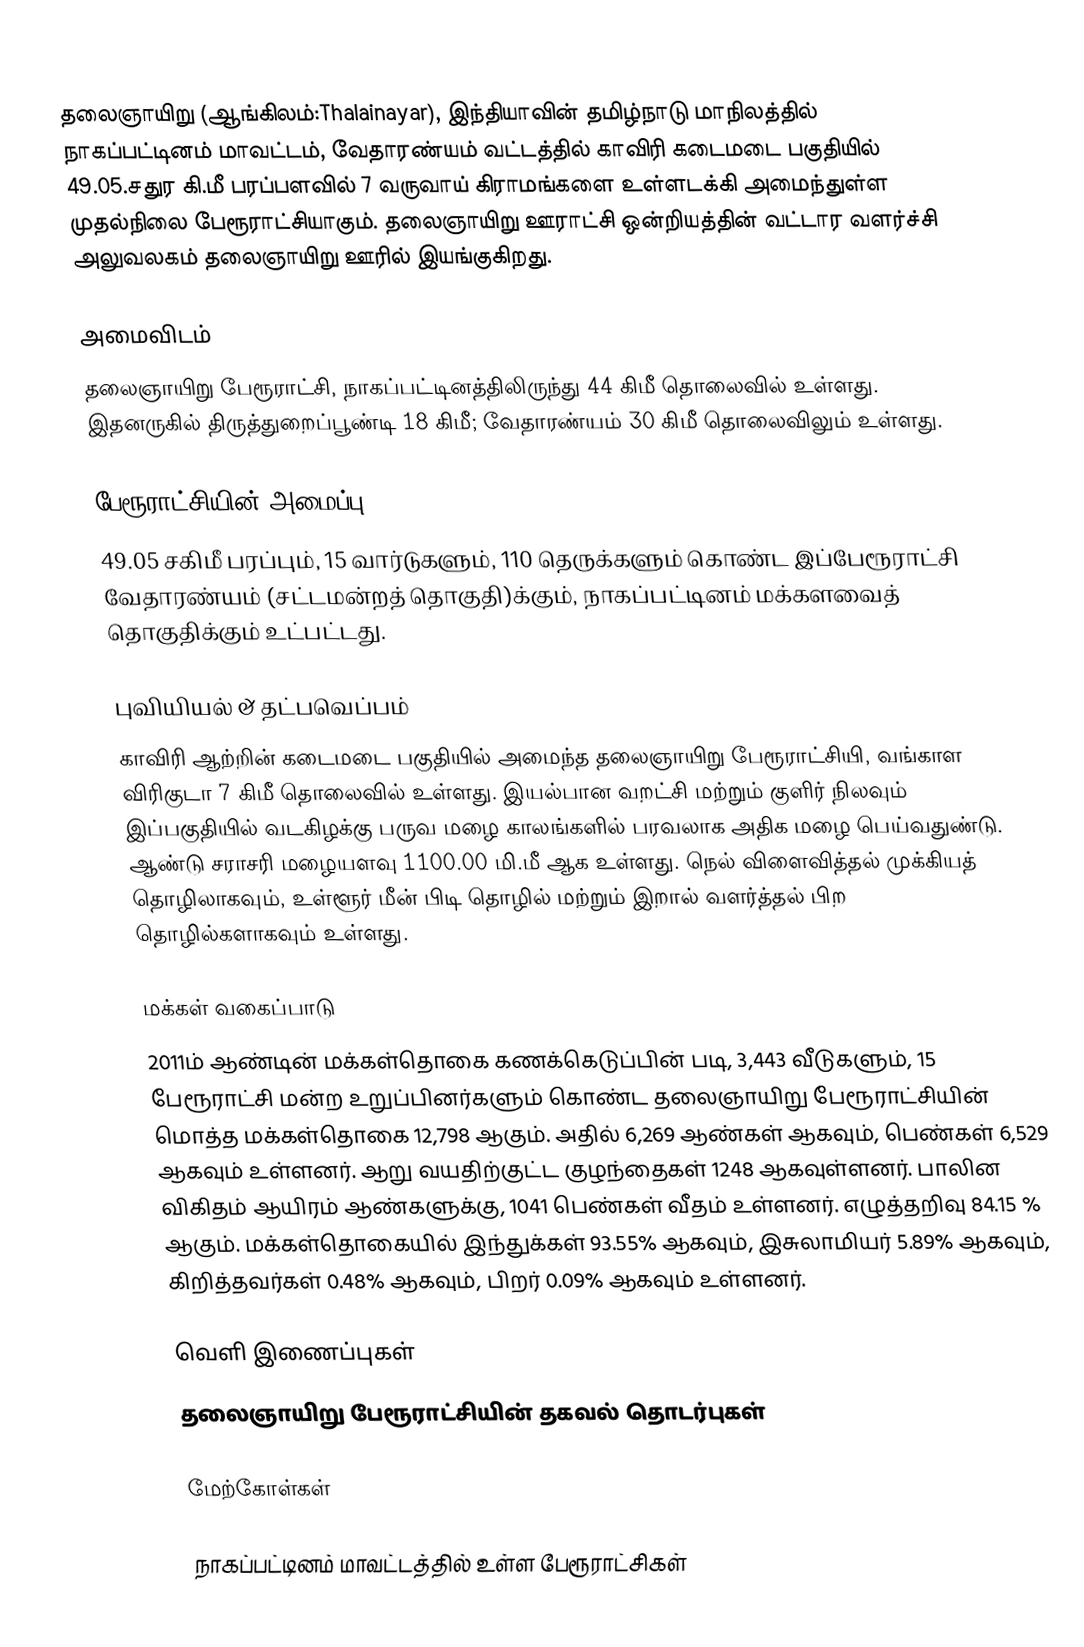
தலைஞாயிறு (ஆங்கிலம்:Thalainayar), இந்தியாவின் தமிழ்நாடு மாநிலத்தில் நாகப்பட்டினம் மாவட்டம், வேதாரண்யம் வட்டத்தில் காவிரி கடைமடை பகுதியில் 49.05.சதுர கி.மீ பரப்பளவில் 7 வருவாய் கிராமங்களை உள்ளடக்கி அமைந்துள்ள முதல்நிலை பேரூராட்சியாகும். தலைஞாயிறு ஊராட்சி ஒன்றியத்தின் வட்டார வளர்ச்சி அலுவலகம் தலைஞாயிறு ஊரில் இயங்குகிறது.

அமைவிடம்
தலைஞாயிறு பேரூராட்சி, நாகப்பட்டினத்திலிருந்து 44  கிமீ தொலைவில் உள்ளது. இதனருகில் திருத்துறைப்பூண்டி 18 கிமீ; வேதாரண்யம் 30 கிமீ தொலைவிலும் உள்ளது.

பேரூராட்சியின் அமைப்பு
49.05  சகிமீ பரப்பும், 15 வார்டுகளும், 110 தெருக்களும்  கொண்ட இப்பேரூராட்சி  வேதாரண்யம் (சட்டமன்றத் தொகுதி)க்கும், நாகப்பட்டினம் மக்களவைத் தொகுதிக்கும் உட்பட்டது.

புவியியல் & தட்பவெப்பம்
காவிரி ஆற்றின் கடைமடை பகுதியில் அமைந்த தலைஞாயிறு பேரூராட்சியி, வங்காள விரிகுடா 7 கிமீ தொலைவில் உள்ளது. இயல்பான வறட்சி மற்றும் குளிர் நிலவும் இப்பகுதியில் வடகிழக்கு பருவ மழை காலங்களில் பரவலாக அதிக மழை பெய்வதுண்டு. ஆண்டு சராசரி மழையளவு 1100.00 மி.மீ ஆக உள்ளது. நெல் விளைவித்தல் முக்கியத் தொழிலாகவும், உள்ளூர் மீன் பிடி தொழில் மற்றும் இறால் வளர்த்தல் பிற தொழில்களாகவும் உள்ளது.

மக்கள் வகைப்பாடு
2011ம் ஆண்டின் மக்கள்தொகை கணக்கெடுப்பின் படி,  3,443   வீடுகளும், 15 பேரூராட்சி மன்ற உறுப்பினர்களும் கொண்ட  தலைஞாயிறு  பேரூராட்சியின் மொத்த மக்கள்தொகை  12,798  ஆகும். அதில் 6,269   ஆண்கள்    ஆகவும், பெண்கள்   6,529   ஆகவும் உள்ளனர். ஆறு வயதிற்குட்ட குழந்தைகள்  1248   ஆகவுள்ளனர். பாலின விகிதம் ஆயிரம் ஆண்களுக்கு,   1041 பெண்கள் வீதம் உள்ளனர். எழுத்தறிவு  84.15 %  ஆகும்.  மக்கள்தொகையில் இந்துக்கள்   93.55% ஆகவும், இசுலாமியர் 5.89% ஆகவும், கிறித்தவர்கள் 0.48%  ஆகவும், பிறர் 0.09% ஆகவும் உள்ளனர்.

வெளி இணைப்புகள்
 தலைஞாயிறு பேரூராட்சியின் தகவல் தொடர்புகள்

மேற்கோள்கள்

நாகப்பட்டினம் மாவட்டத்தில் உள்ள பேரூராட்சிகள்